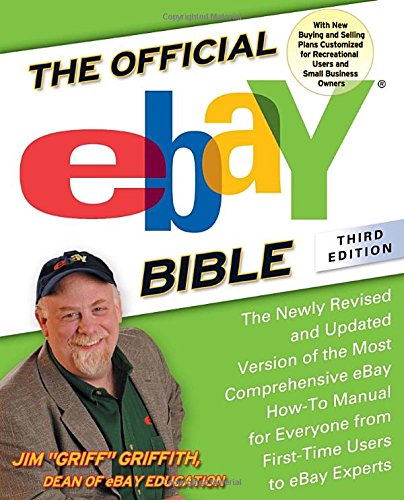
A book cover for The Official eBay Bible, Third Edition: The Newly Revised and Updated Version of the Most Comprehensive eBay How-To Manual for Everyone from First-Time Users to eBay Experts; Jim Griffith; Computers & Technology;